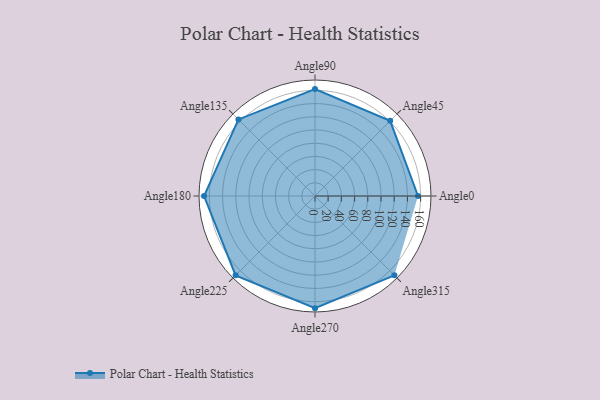
{"axis": {"x": "Angle", "y": "Radius"}, "legend": [""], "data": [{"x": "Angle0", "y": 156.0, "type": ""}, {"x": "Angle45", "y": 161.0, "type": ""}, {"x": "Angle90", "y": 162.0, "type": ""}, {"x": "Angle135", "y": 164.0, "type": ""}, {"x": "Angle180", "y": 168.0, "type": ""}, {"x": "Angle225", "y": 170, "type": ""}, {"x": "Angle270", "y": 170, "type": ""}, {"x": "Angle315", "y": 170, "type": ""}]}